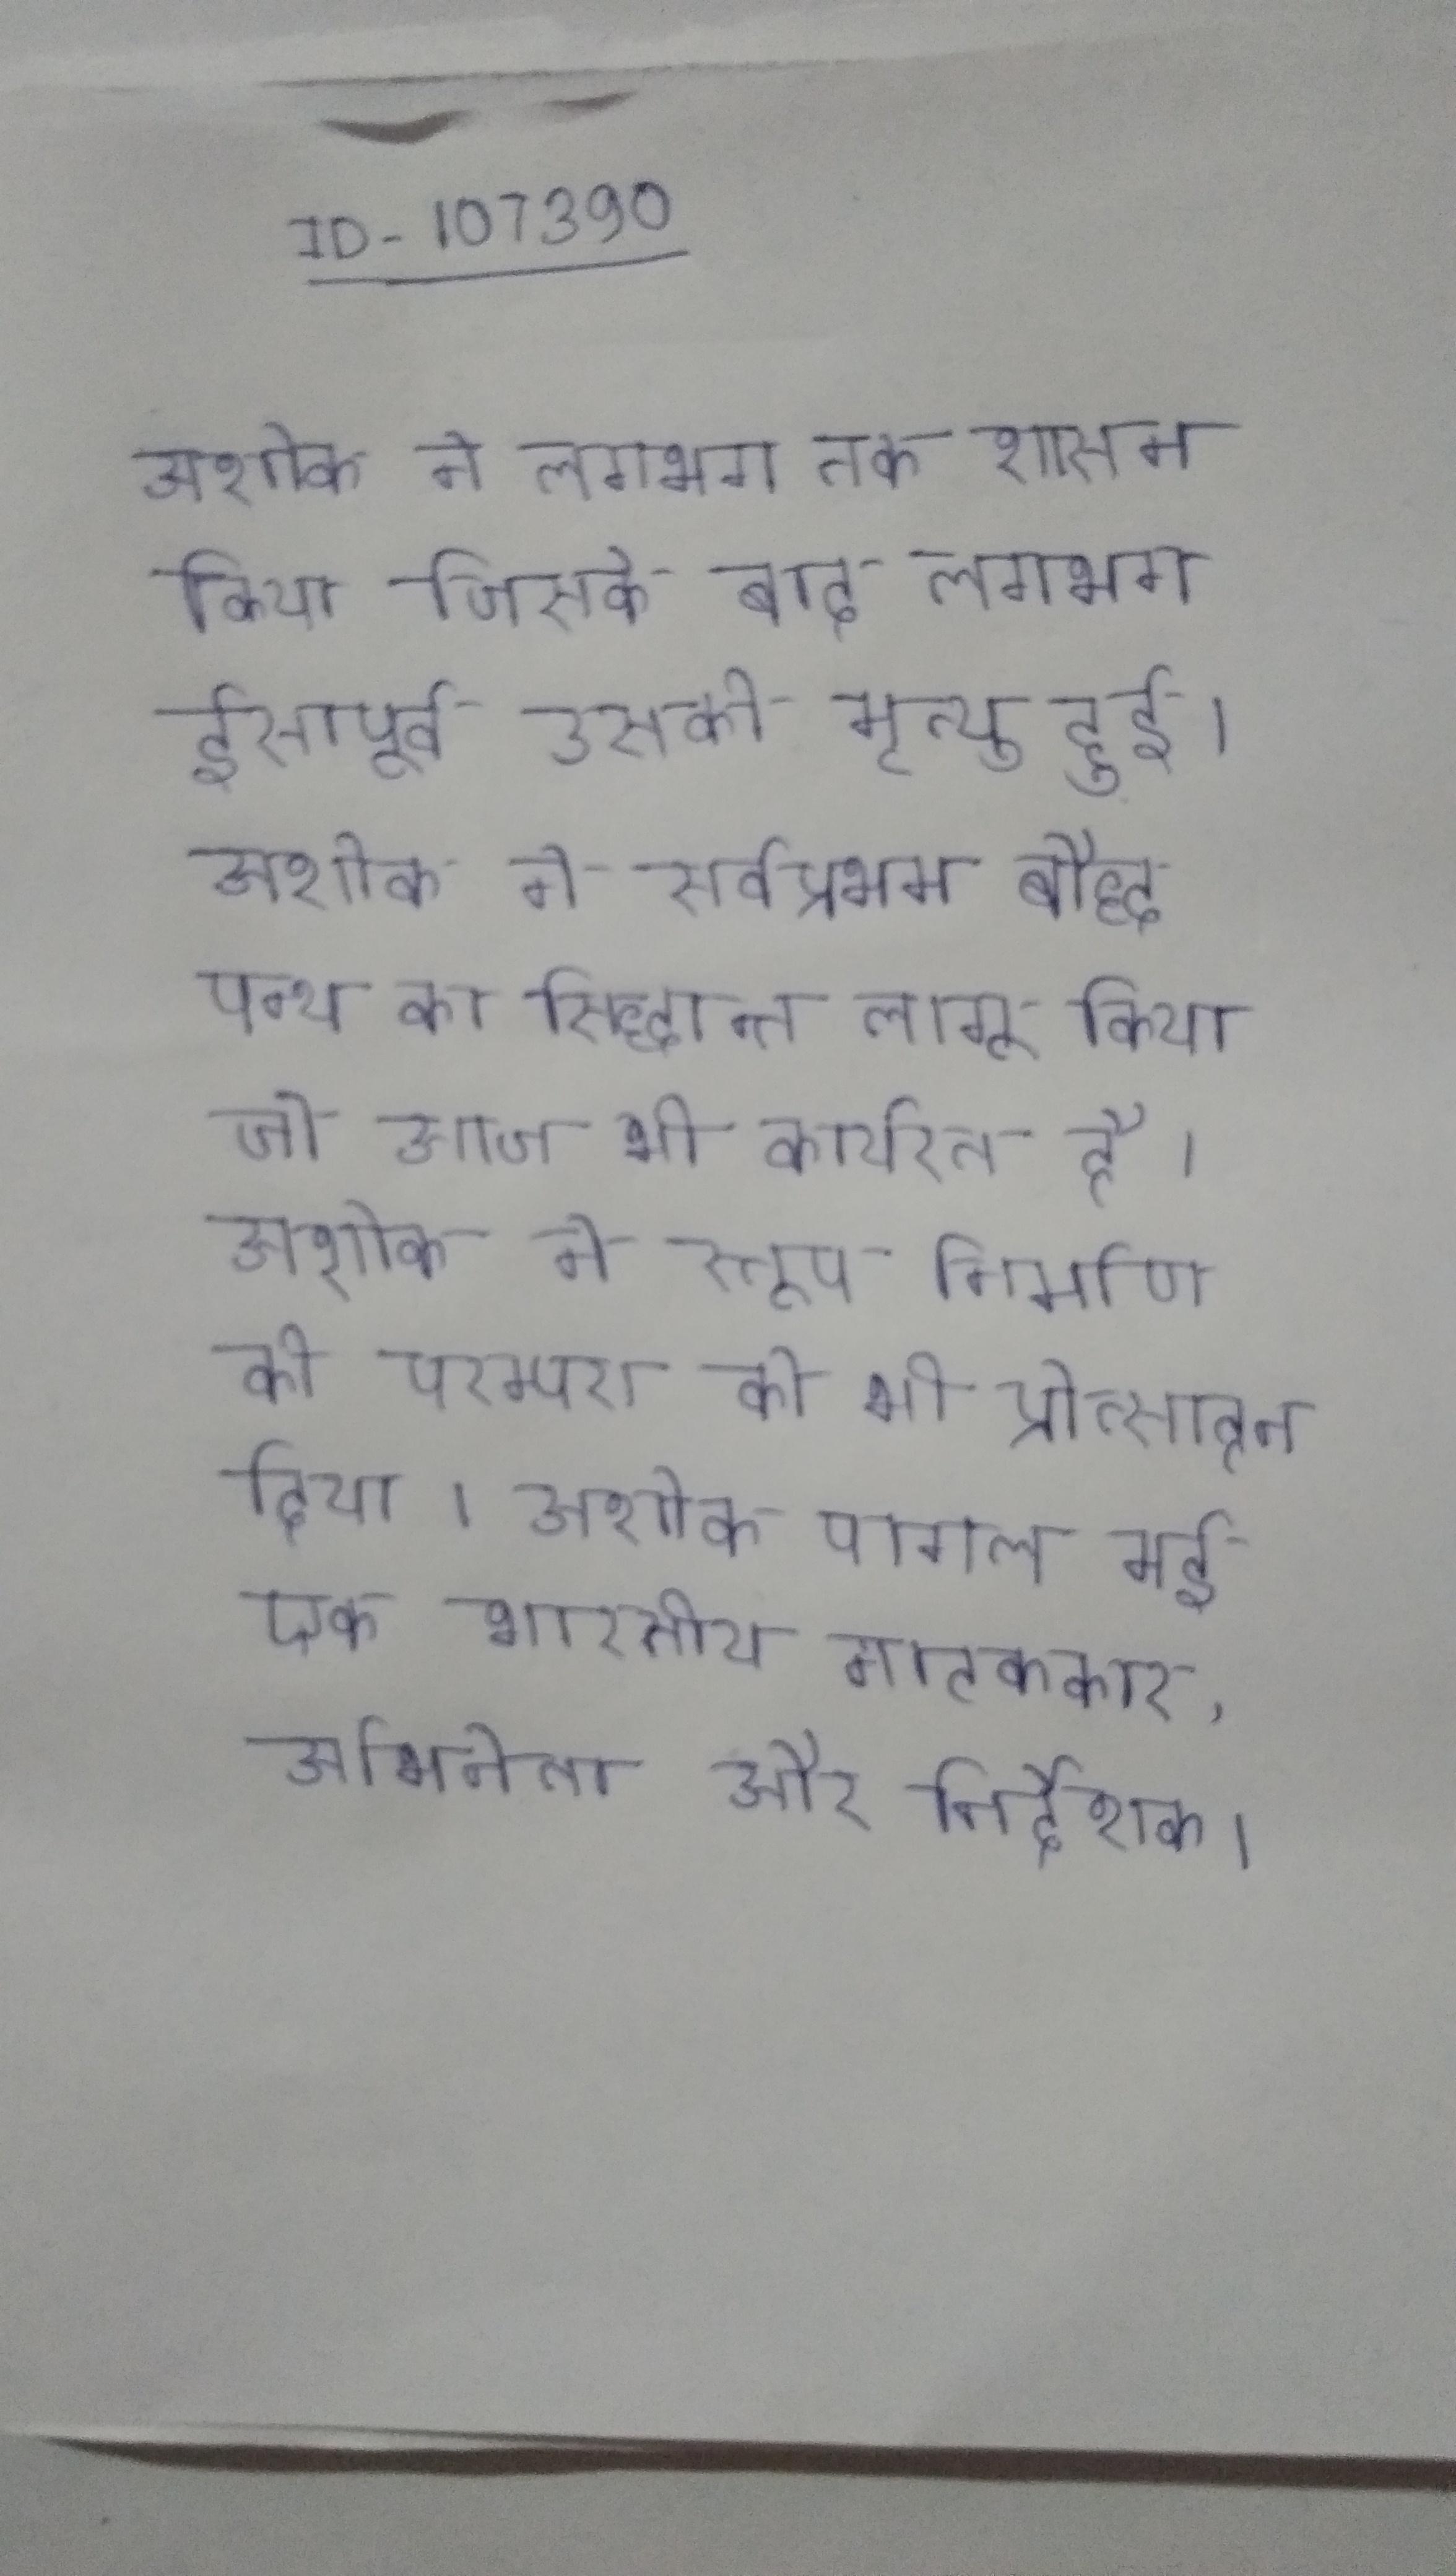
अशोक ने लगभग तक शासन किया जिसके बाद लगभग ईसापूर्व उसकी मृत्यु हुई । अशोक ने सर्वप्रथम बौद्ध पन्थ का सिद्धान्त लागू किया जो आज भी कार्यरत है । अशोक ने स्तूप निर्माण की परम्परा को भी प्रोत्साहन दिया । अशोक पागल मई एक भारतीय नाटककार, अभिनेता और निर्देशक ।